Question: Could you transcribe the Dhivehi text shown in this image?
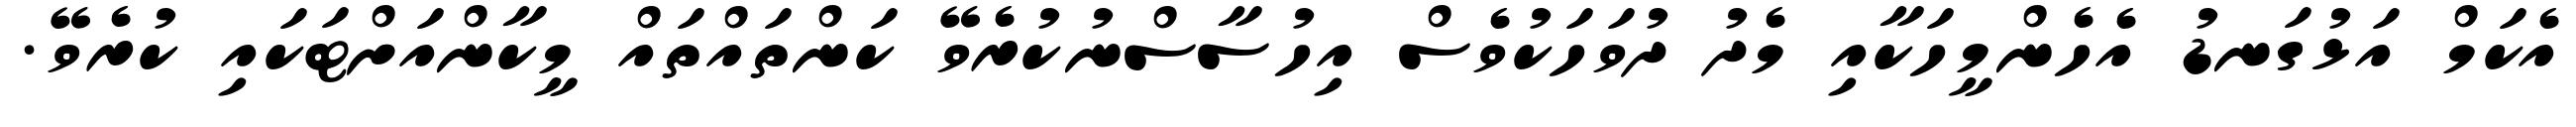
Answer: އެކަމް އަޅުގަނޑު އެހެންމީހަކާއި މެދު ދުވަހަކުވެސް އިހުސާސްނުކުރެވޭ ކަންތައްތައް މީކާންއަށްޓަކައި ކުރެވޭ.